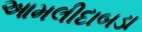
આમલીદાબડા